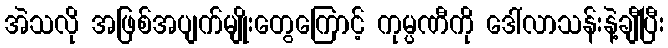
အဲသလို အဖြစ်အပျက်မျိုးတွေကြောင့် ကုမ္ပဏီကို ဒေါ်လာသန်းနဲ့ချီပြီး